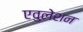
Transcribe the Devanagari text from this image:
एवुलेशन